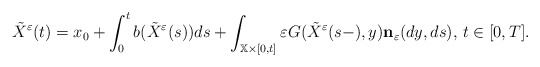
\begin{align*}\tilde{X}^{\varepsilon }(t)=x_{0}+\int_{0}^{t}b(\tilde{X}^{\varepsilon}(s))ds+\int_{\mathbb{X}\times \lbrack 0,t]}\varepsilon G(\tilde{X}^{\varepsilon }(s-),y){\mathbf{n}}_{\varepsilon }(dy,ds),\,t\in \lbrack 0,T].\end{align*}